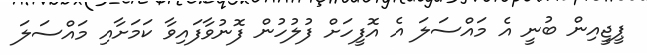
ޕީޖީއިން ބުނީ އެ މައްސަލަ އެ އޮފީހަށް ފުލުހުން ފޮނުވާފައިވާ ކަމަށާއި މައްސަލަ